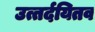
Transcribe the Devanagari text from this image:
उत्तर्दयितव